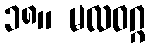
၁၈။ မလဝဂ္ဂ